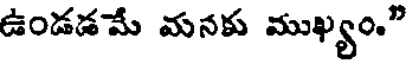
ఉండడమే మనకు ముఖ్యం."